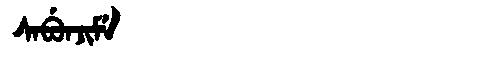
Manchu: ᠰᠠᠪᡠᠨᠵᡳᠮᡝ
Romanization: SABUNJIME